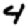
Digit: 4